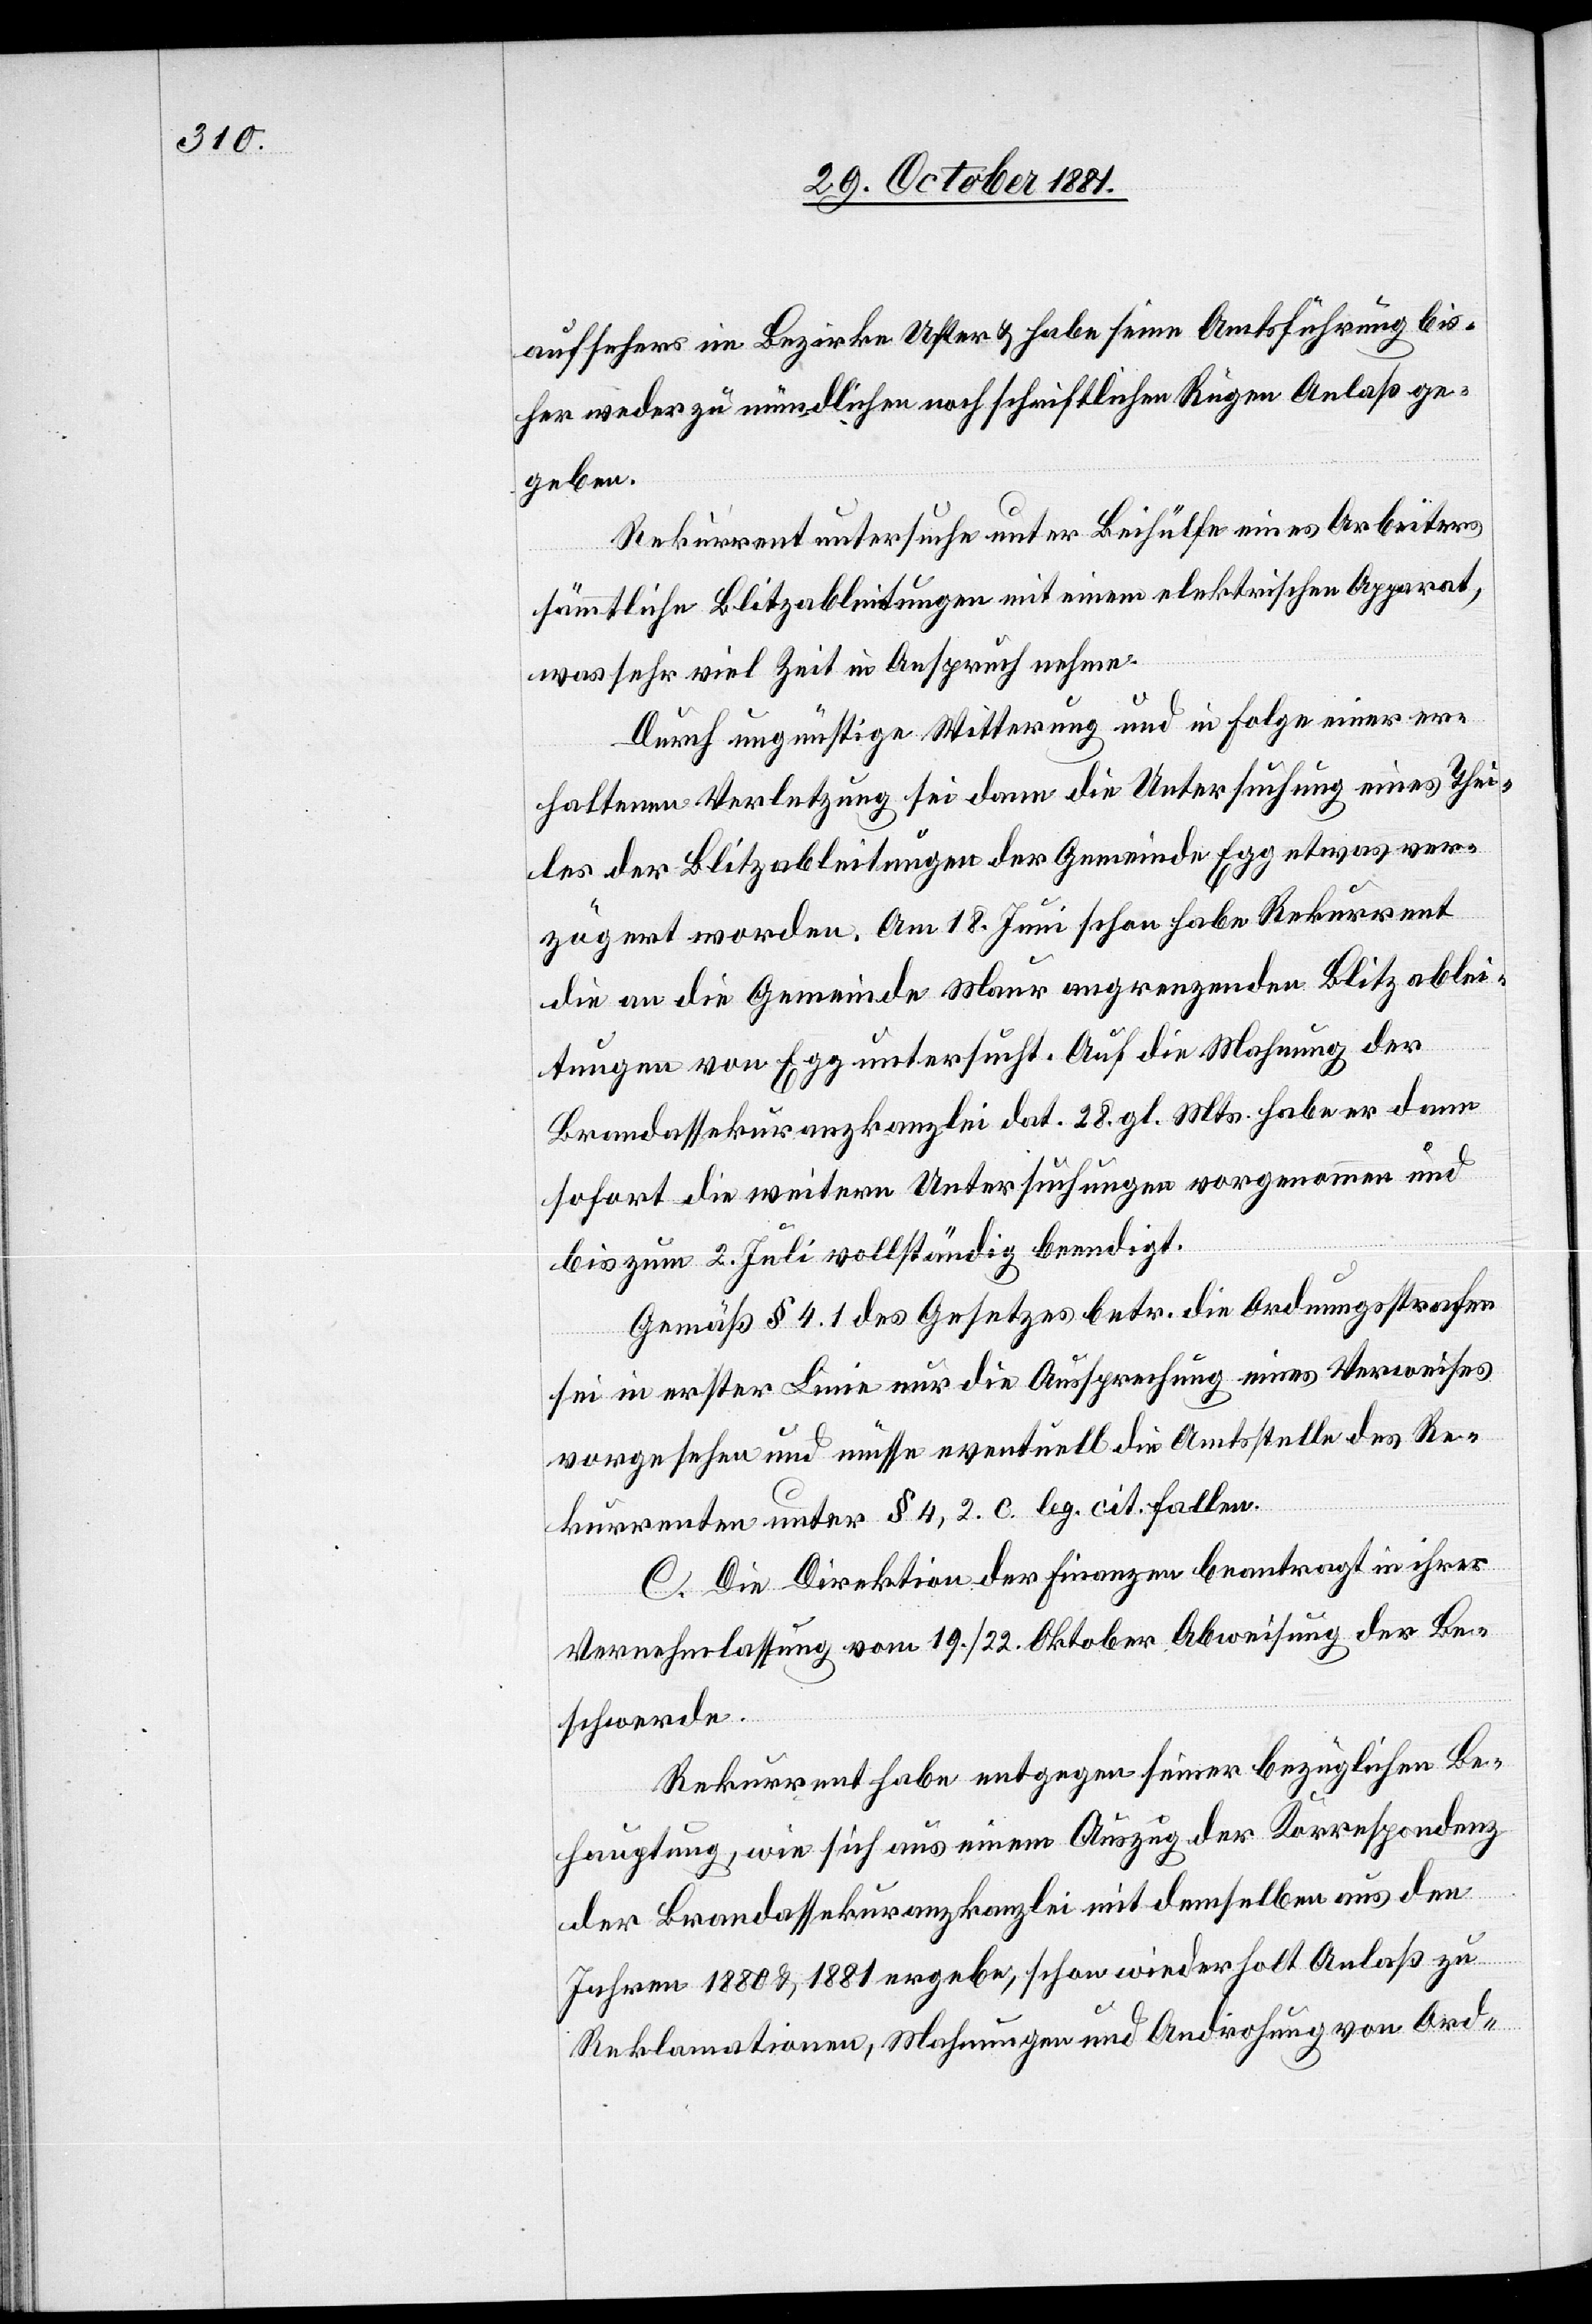
aufsehers im Bezirke Uster & habe seine Amtsführung bis¬
her weder zu mündlichen noch schriftlichen Rügen Anlaß ge¬
geben.
Rekurrent untersuche unter Beihülfe eines Arbeiters
sämmtliche Blitzableitungen mit einem elektrischen Apparat,
was sehr viel Zeit in Anspruch nehme.
Durch ungünstige Witterung und in Folge einer er¬
haltenen Verletzung sei dann die Untersuchung eines Thei¬
les der Blitzableitungen der Gemeinde Egg etwas ver¬
zögert worden. Am 18. Juni schon habe Rekurrent
die an die Gemeinde Maur angrenzenden Blitzablei¬
tungen von Egg untersucht. Auf die Mahnung der
Brandassekuranzkanzlei dat. 28. gl. Mts. habe er dann
sofort die weitern Untersuchungen vorgenommen und
bis zum 2. Juli vollständig beendigt.
Gemäß § 4.1 des Gesetzes betr. die Ordnungsstrafen
sei in erster Linie nur die Aussprechung eines Verweises
vorgesehen und müsse eventuell die Amtsstelle des Re¬
kurrenten unter § 4, 2. c. leg. cit. fallen.
C. Die Direktion der Finanzen beantragt in ihrer
Vernehmlassung vom 19./22. Oktober Abweisung der Be¬
schwerde.
Rekurrent habe entgegen seiner bezüglichen Be¬
hauptung, wie sich aus einem Auszug der Korrespondenz
der Brandassekuranzkanzlei mit demselben aus den
Jahren 1880 & 1881 ergeben, schon wiederholt Anlaß zu
Reklamationen, Mahnungen und Androhung von Ord-